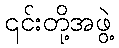
၎င်းတို့အဖွဲ့